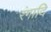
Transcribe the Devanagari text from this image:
रंगादि